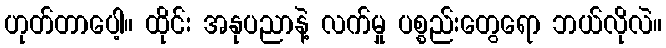
ဟုတ်တာပေါ့။ ထိုင်း အနုပညာနဲ့ လက်မှု ပစ္စည်းတွေရော ဘယ်လိုလဲ။